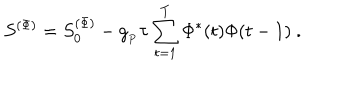
S ^ { ( \Phi ) } = S _ { 0 } ^ { ( \Phi ) } - g _ { _ P } \tau \sum _ { t = 1 } ^ { T } \Phi ^ { * } ( t ) \Phi ( t - 1 ) \ .